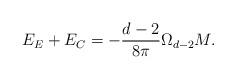
LaTeX: \begin{align*}E_{E}+E_{C}=-\frac{d-2}{8\pi }\Omega _{d-2}M.\end{align*}